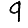
Digit: 9